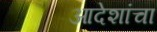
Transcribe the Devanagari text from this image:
आदेशांचा